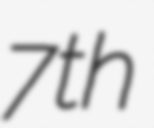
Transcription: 7th